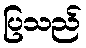
ပြသည်